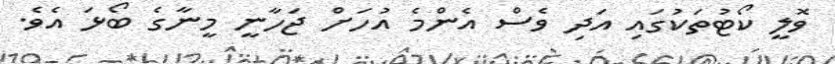
ވޮލީ ކޯޓުތަކުގައި އަދި ވެސް އެންމެ އުހަށް ޖަހާނީ މީނާގެ ބޯޅަ އެވެ.